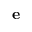
{ \mathbf e }